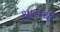
થાનથી